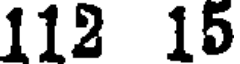
112 15